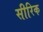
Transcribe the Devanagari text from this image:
सीरिक